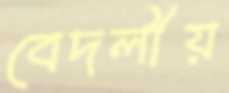
বেদলীয়